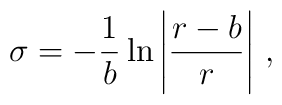
\sigma=-\frac{1}{b}\ln\left|\frac{r-b}{r}\right| \,,